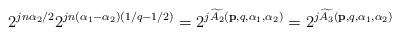
LaTeX: \begin{align*} 2^{jn\alpha_2/2}2^{jn(\alpha_1-\alpha_2)(1/q-1/2)}=2^{j\widetilde{A_2}(\mathbf{p},q,\alpha_1,\alpha_2)}=2^{j\widetilde{A_3}(\mathbf{p},q,\alpha_1,\alpha_2)}\end{align*}